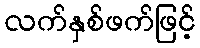
လက်နှစ်ဖက်ဖြင့်